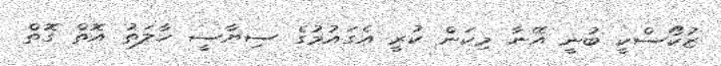
ޒުކޯސްކީ ބުނީ އޭނާ މިކަން ކުރީ އެގައުމުގެ ސިޔާސީ ހާލަތު އޮތް ގޮތް